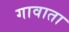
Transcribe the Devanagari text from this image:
गावाता